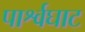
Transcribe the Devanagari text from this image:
पार्श्वघाट